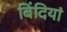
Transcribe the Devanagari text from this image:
बिंदियां